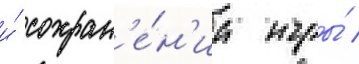
и́ сохран'е́н'иа игры́ /